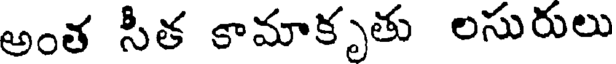
అంత సీత కామాకృతు లసురులు